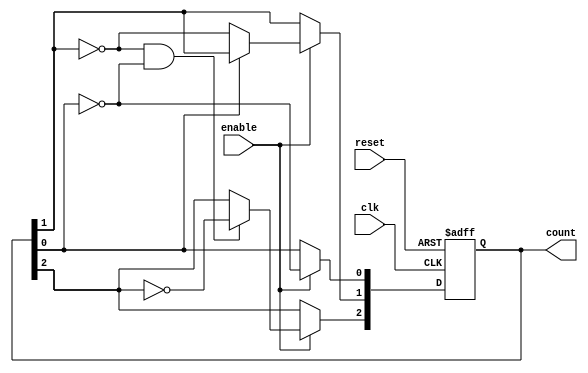
module async_ripple_counter (
    input wire clk,       // Clock input
    input wire reset,     // Asynchronous reset
    input wire enable,    // Enable signal
    output reg [2:0] count // 3-bit counter output
);

// Asynchronous reset and counting logic
always @(posedge clk or posedge reset) begin
    if (reset) begin
        count <= 3'b000; // Reset the counter to 0
    end else if (enable) begin
        // Ripple counter logic
        count[0] <= ~count[0]; // Toggle least significant bit
        
        // Toggle next flip-flops based on previous state
        if (count[0] == 1'b0) begin
            count[1] <= ~count[1]; // Toggle second bit if LSB is 0
        end
        
        if (count[1] == 1'b0 && count[0] == 1'b0) begin
            count[2] <= ~count[2]; // Toggle MSB if both previous bits are 0
        end
    end
end

endmodule